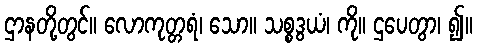
ဌာနတို့တွင်။ လောကုတ္တရံ၊ သော။ သစ္စဒွယံ၊ ကို။ ဌပေတွာ၊ ၍။